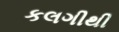
કલગીથી